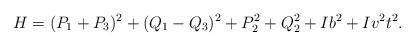
LaTeX: \begin{align*}H=(P_1 +P_3)^2 +(Q_1- Q_3)^2 +P_{2}^{2}+Q_{2}^{2}+Ib^2 +Iv^2 t^2.\end{align*}